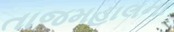
તાજમહાલના